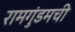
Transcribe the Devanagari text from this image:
रामगुंडमची